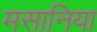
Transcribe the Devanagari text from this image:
मसानिया